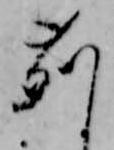
苅